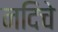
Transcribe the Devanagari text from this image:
नदिचे